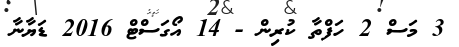
3 މަސް 2 ހަފްތާ ކުރިން - 14 އޯގަސްޓް 2016 ޑަޔާނާ